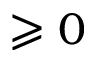
\geqslant 0